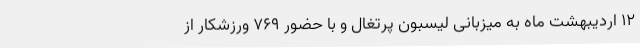
۱۲ اردیبهشت ماه به میزبانی لیسبون پرتغال و با حضور ۷۶۹ ورزشکار از